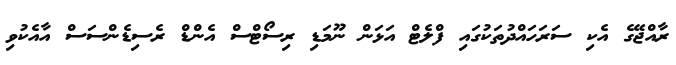
ރާއްޖޭގެ އެކި ސަރަހައްދުތަކުގައި ފްލެޓް އަޅަން ނޫމަޑި ރިސޯޓްސް އެންޑް ރެސިޑެންސަސް އާއެކުވި